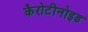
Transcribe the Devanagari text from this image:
कैरोटीनोइड